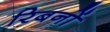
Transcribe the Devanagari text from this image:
रिबनों